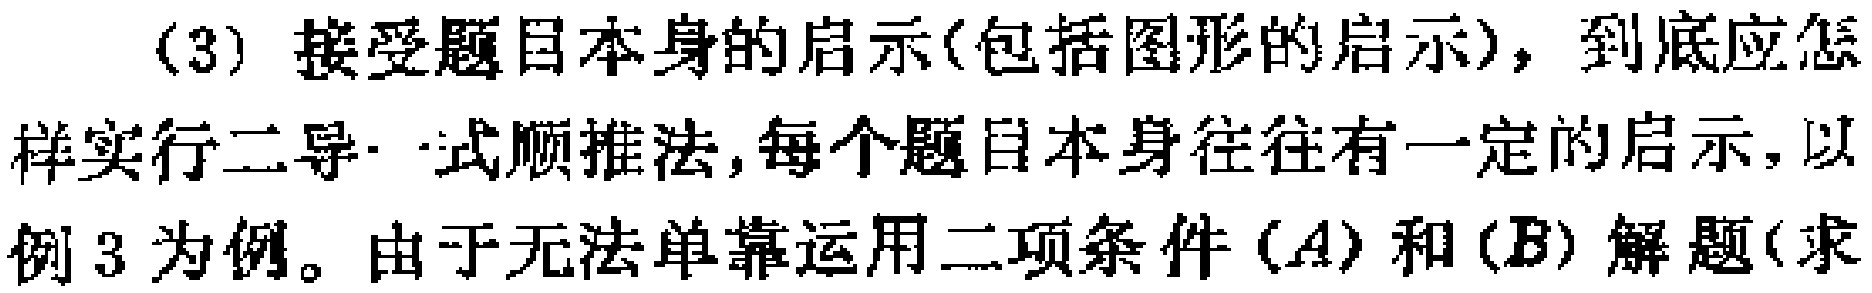
(3) 接受题目本身的启示(包括图形的启示)，到底应怎

样实行二导一式顺推法,每个题目本身往往有一定的启示，以

例 3 为例。由于无法单靠运用二项条件\((A)\)和\((B)\)解题(求